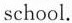
school.